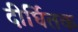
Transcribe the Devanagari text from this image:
दीर्घितक